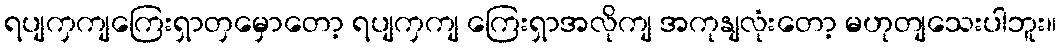
ရပျကှကျကြေးရှာတှမှောတော့ ရပျကှကျ ကြေးရှာအလိုကျ အကုနျလုံးတော့ မဟုတျသေးပါဘူး။